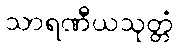
သာရဏီယသုတ္တံ